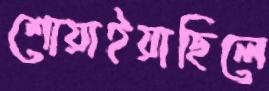
শোয়াইয়াছিলে